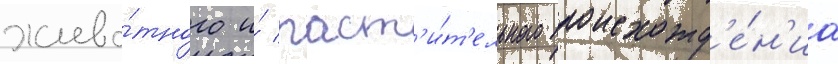
живо́тного и́ раст'и́т'ельного происхожд'е́н'иа